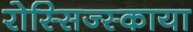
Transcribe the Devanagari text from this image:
रोस्सिज्स्काया